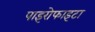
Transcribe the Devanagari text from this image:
पाइरोफाइटा